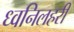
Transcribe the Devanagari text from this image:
ध्वनिलहरी